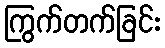
ကြွက်တက်ခြင်း